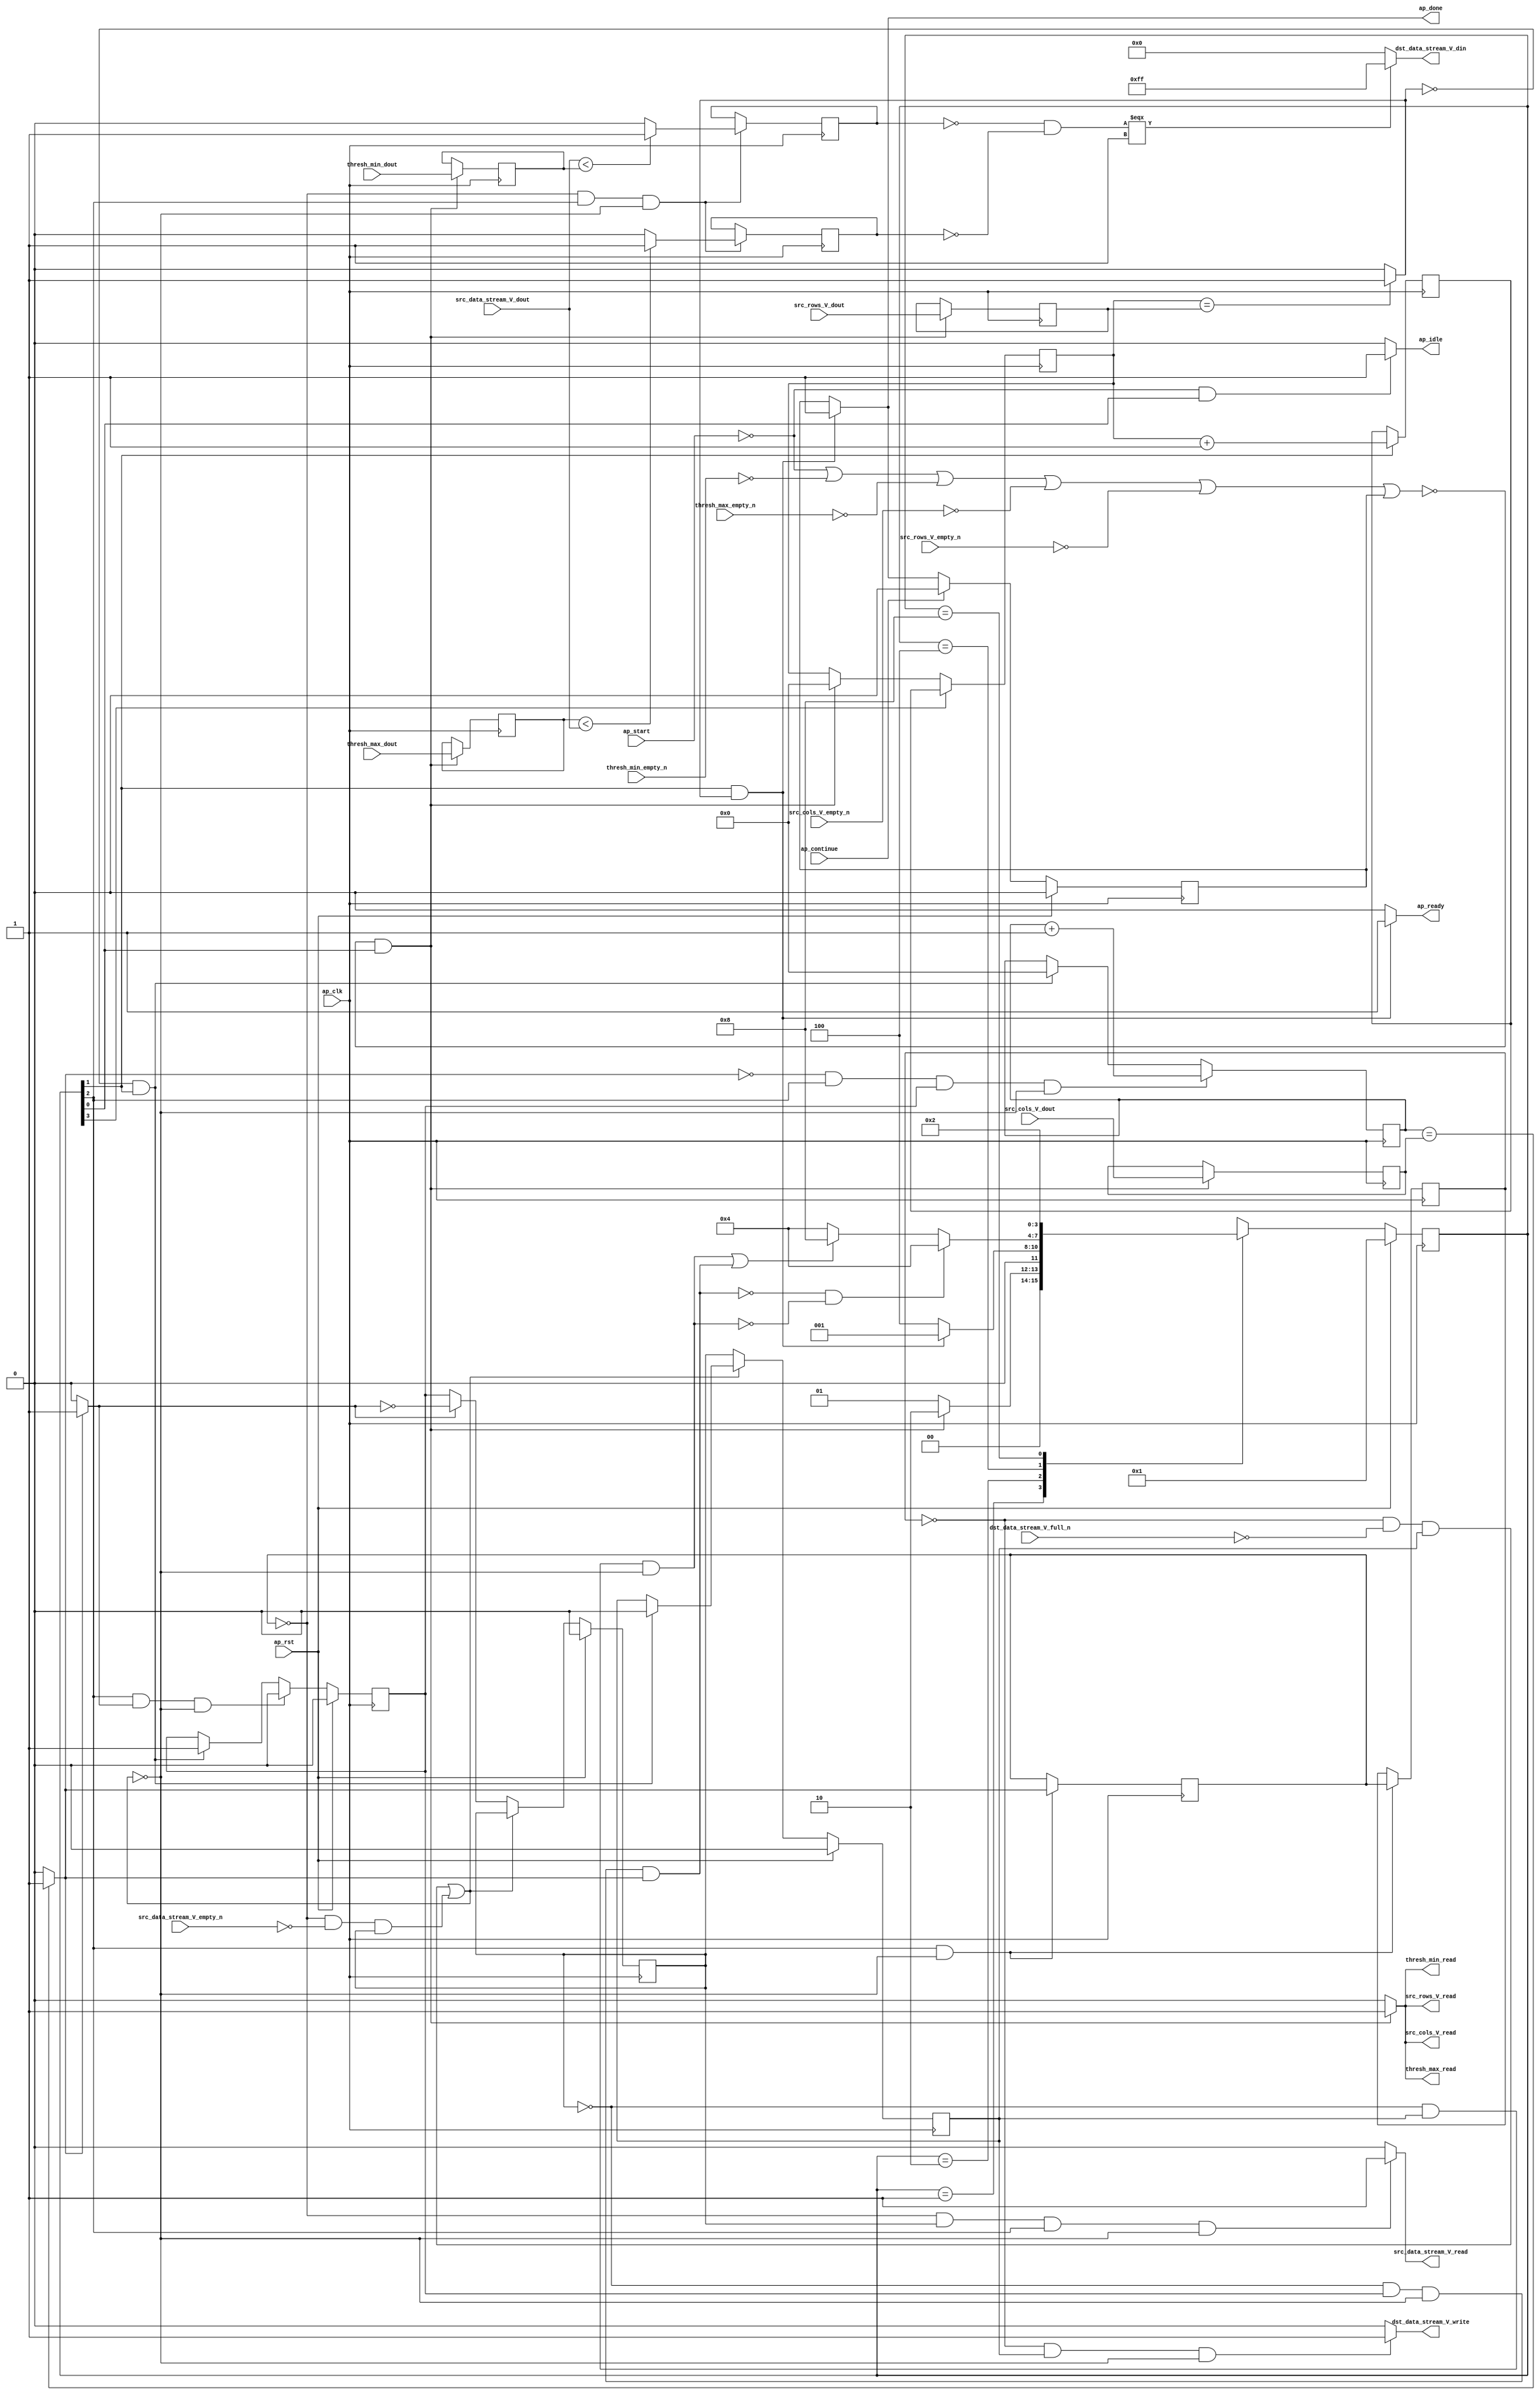
// ==============================================================
// RTL generated by Vivado(TM) HLS - High-Level Synthesis from C, C++ and SystemC
// Version: 2018.2
// Copyright (C) 1986-2018 Xilinx, Inc. All Rights Reserved.
// 
// ===========================================================

`timescale 1 ns / 1 ps 

module Threshold_l227 (
        ap_clk,
        ap_rst,
        ap_start,
        ap_done,
        ap_continue,
        ap_idle,
        ap_ready,
        src_rows_V_dout,
        src_rows_V_empty_n,
        src_rows_V_read,
        src_cols_V_dout,
        src_cols_V_empty_n,
        src_cols_V_read,
        src_data_stream_V_dout,
        src_data_stream_V_empty_n,
        src_data_stream_V_read,
        dst_data_stream_V_din,
        dst_data_stream_V_full_n,
        dst_data_stream_V_write,
        thresh_max_dout,
        thresh_max_empty_n,
        thresh_max_read,
        thresh_min_dout,
        thresh_min_empty_n,
        thresh_min_read
);

parameter    ap_ST_fsm_state1 = 4'd1;
parameter    ap_ST_fsm_state2 = 4'd2;
parameter    ap_ST_fsm_pp0_stage0 = 4'd4;
parameter    ap_ST_fsm_state6 = 4'd8;

input   ap_clk;
input   ap_rst;
input   ap_start;
output   ap_done;
input   ap_continue;
output   ap_idle;
output   ap_ready;
input  [15:0] src_rows_V_dout;
input   src_rows_V_empty_n;
output   src_rows_V_read;
input  [15:0] src_cols_V_dout;
input   src_cols_V_empty_n;
output   src_cols_V_read;
input  [7:0] src_data_stream_V_dout;
input   src_data_stream_V_empty_n;
output   src_data_stream_V_read;
output  [7:0] dst_data_stream_V_din;
input   dst_data_stream_V_full_n;
output   dst_data_stream_V_write;
input  [7:0] thresh_max_dout;
input   thresh_max_empty_n;
output   thresh_max_read;
input  [7:0] thresh_min_dout;
input   thresh_min_empty_n;
output   thresh_min_read;

reg ap_done;
reg ap_idle;
reg ap_ready;
reg src_rows_V_read;
reg src_cols_V_read;
reg src_data_stream_V_read;
reg dst_data_stream_V_write;
reg thresh_max_read;
reg thresh_min_read;

reg    ap_done_reg;
(* fsm_encoding = "none" *) reg   [3:0] ap_CS_fsm;
wire    ap_CS_fsm_state1;
reg    src_rows_V_blk_n;
reg    src_cols_V_blk_n;
reg    src_data_stream_V_blk_n;
wire    ap_CS_fsm_pp0_stage0;
reg    ap_enable_reg_pp0_iter1;
wire    ap_block_pp0_stage0;
reg   [0:0] exitcond_i_reg_287;
reg    dst_data_stream_V_blk_n;
reg    ap_enable_reg_pp0_iter2;
reg   [0:0] exitcond_i_reg_287_pp0_iter1_reg;
reg    thresh_max_blk_n;
reg    thresh_min_blk_n;
reg   [15:0] t_V_2_reg_190;
reg   [7:0] p_thresh_max_reg_258;
reg    ap_block_state1;
reg   [7:0] p_thresh_min_reg_263;
reg   [15:0] src_rows_V_read_reg_268;
reg   [15:0] src_cols_V_read_reg_273;
wire   [0:0] exitcond4_i_fu_201_p2;
wire    ap_CS_fsm_state2;
wire   [15:0] i_V_fu_206_p2;
reg   [15:0] i_V_reg_282;
wire   [0:0] exitcond_i_fu_212_p2;
wire    ap_block_state3_pp0_stage0_iter0;
reg    ap_block_state4_pp0_stage0_iter1;
reg    ap_block_state5_pp0_stage0_iter2;
reg    ap_block_pp0_stage0_11001;
wire   [15:0] j_V_fu_217_p2;
reg    ap_enable_reg_pp0_iter0;
wire   [0:0] ult_fu_223_p2;
reg   [0:0] ult_reg_296;
wire   [0:0] ult4_fu_228_p2;
reg   [0:0] ult4_reg_301;
reg    ap_block_pp0_stage0_subdone;
reg    ap_condition_pp0_exit_iter0_state3;
reg   [15:0] t_V_reg_179;
wire    ap_CS_fsm_state6;
reg    ap_block_pp0_stage0_01001;
wire   [0:0] rev3_fu_233_p2;
wire   [0:0] rev5_fu_238_p2;
wire   [0:0] tmp_30_fu_243_p2;
reg   [3:0] ap_NS_fsm;
reg    ap_idle_pp0;
wire    ap_enable_pp0;

// power-on initialization
initial begin
#0 ap_done_reg = 1'b0;
#0 ap_CS_fsm = 4'd1;
#0 ap_enable_reg_pp0_iter1 = 1'b0;
#0 ap_enable_reg_pp0_iter2 = 1'b0;
#0 ap_enable_reg_pp0_iter0 = 1'b0;
end

always @ (posedge ap_clk) begin
    if (ap_rst == 1'b1) begin
        ap_CS_fsm <= ap_ST_fsm_state1;
    end else begin
        ap_CS_fsm <= ap_NS_fsm;
    end
end

always @ (posedge ap_clk) begin
    if (ap_rst == 1'b1) begin
        ap_done_reg <= 1'b0;
    end else begin
        if ((ap_continue == 1'b1)) begin
            ap_done_reg <= 1'b0;
        end else if (((1'b1 == ap_CS_fsm_state2) & (exitcond4_i_fu_201_p2 == 1'd1))) begin
            ap_done_reg <= 1'b1;
        end
    end
end

always @ (posedge ap_clk) begin
    if (ap_rst == 1'b1) begin
        ap_enable_reg_pp0_iter0 <= 1'b0;
    end else begin
        if (((1'b1 == ap_CS_fsm_pp0_stage0) & (1'b1 == ap_condition_pp0_exit_iter0_state3) & (1'b0 == ap_block_pp0_stage0_subdone))) begin
            ap_enable_reg_pp0_iter0 <= 1'b0;
        end else if (((exitcond4_i_fu_201_p2 == 1'd0) & (1'b1 == ap_CS_fsm_state2))) begin
            ap_enable_reg_pp0_iter0 <= 1'b1;
        end
    end
end

always @ (posedge ap_clk) begin
    if (ap_rst == 1'b1) begin
        ap_enable_reg_pp0_iter1 <= 1'b0;
    end else begin
        if ((1'b0 == ap_block_pp0_stage0_subdone)) begin
            if ((1'b1 == ap_condition_pp0_exit_iter0_state3)) begin
                ap_enable_reg_pp0_iter1 <= (1'b1 ^ ap_condition_pp0_exit_iter0_state3);
            end else if ((1'b1 == 1'b1)) begin
                ap_enable_reg_pp0_iter1 <= ap_enable_reg_pp0_iter0;
            end
        end
    end
end

always @ (posedge ap_clk) begin
    if (ap_rst == 1'b1) begin
        ap_enable_reg_pp0_iter2 <= 1'b0;
    end else begin
        if ((1'b0 == ap_block_pp0_stage0_subdone)) begin
            ap_enable_reg_pp0_iter2 <= ap_enable_reg_pp0_iter1;
        end else if (((exitcond4_i_fu_201_p2 == 1'd0) & (1'b1 == ap_CS_fsm_state2))) begin
            ap_enable_reg_pp0_iter2 <= 1'b0;
        end
    end
end

always @ (posedge ap_clk) begin
    if (((exitcond_i_fu_212_p2 == 1'd0) & (1'b1 == ap_CS_fsm_pp0_stage0) & (ap_enable_reg_pp0_iter0 == 1'b1) & (1'b0 == ap_block_pp0_stage0_11001))) begin
        t_V_2_reg_190 <= j_V_fu_217_p2;
    end else if (((exitcond4_i_fu_201_p2 == 1'd0) & (1'b1 == ap_CS_fsm_state2))) begin
        t_V_2_reg_190 <= 16'd0;
    end
end

always @ (posedge ap_clk) begin
    if ((1'b1 == ap_CS_fsm_state6)) begin
        t_V_reg_179 <= i_V_reg_282;
    end else if ((~((ap_start == 1'b0) | (thresh_min_empty_n == 1'b0) | (thresh_max_empty_n == 1'b0) | (src_cols_V_empty_n == 1'b0) | (src_rows_V_empty_n == 1'b0) | (ap_done_reg == 1'b1)) & (1'b1 == ap_CS_fsm_state1))) begin
        t_V_reg_179 <= 16'd0;
    end
end

always @ (posedge ap_clk) begin
    if (((1'b1 == ap_CS_fsm_pp0_stage0) & (1'b0 == ap_block_pp0_stage0_11001))) begin
        exitcond_i_reg_287 <= exitcond_i_fu_212_p2;
        exitcond_i_reg_287_pp0_iter1_reg <= exitcond_i_reg_287;
    end
end

always @ (posedge ap_clk) begin
    if ((1'b1 == ap_CS_fsm_state2)) begin
        i_V_reg_282 <= i_V_fu_206_p2;
    end
end

always @ (posedge ap_clk) begin
    if ((~((ap_start == 1'b0) | (thresh_min_empty_n == 1'b0) | (thresh_max_empty_n == 1'b0) | (src_cols_V_empty_n == 1'b0) | (src_rows_V_empty_n == 1'b0) | (ap_done_reg == 1'b1)) & (1'b1 == ap_CS_fsm_state1))) begin
        p_thresh_max_reg_258 <= thresh_max_dout;
        p_thresh_min_reg_263 <= thresh_min_dout;
        src_cols_V_read_reg_273 <= src_cols_V_dout;
        src_rows_V_read_reg_268 <= src_rows_V_dout;
    end
end

always @ (posedge ap_clk) begin
    if (((exitcond_i_reg_287 == 1'd0) & (1'b1 == ap_CS_fsm_pp0_stage0) & (1'b0 == ap_block_pp0_stage0_11001))) begin
        ult4_reg_301 <= ult4_fu_228_p2;
        ult_reg_296 <= ult_fu_223_p2;
    end
end

always @ (*) begin
    if ((exitcond_i_fu_212_p2 == 1'd1)) begin
        ap_condition_pp0_exit_iter0_state3 = 1'b1;
    end else begin
        ap_condition_pp0_exit_iter0_state3 = 1'b0;
    end
end

always @ (*) begin
    if (((1'b1 == ap_CS_fsm_state2) & (exitcond4_i_fu_201_p2 == 1'd1))) begin
        ap_done = 1'b1;
    end else begin
        ap_done = ap_done_reg;
    end
end

always @ (*) begin
    if (((ap_start == 1'b0) & (1'b1 == ap_CS_fsm_state1))) begin
        ap_idle = 1'b1;
    end else begin
        ap_idle = 1'b0;
    end
end

always @ (*) begin
    if (((ap_enable_reg_pp0_iter2 == 1'b0) & (ap_enable_reg_pp0_iter1 == 1'b0) & (ap_enable_reg_pp0_iter0 == 1'b0))) begin
        ap_idle_pp0 = 1'b1;
    end else begin
        ap_idle_pp0 = 1'b0;
    end
end

always @ (*) begin
    if (((1'b1 == ap_CS_fsm_state2) & (exitcond4_i_fu_201_p2 == 1'd1))) begin
        ap_ready = 1'b1;
    end else begin
        ap_ready = 1'b0;
    end
end

always @ (*) begin
    if (((exitcond_i_reg_287_pp0_iter1_reg == 1'd0) & (1'b0 == ap_block_pp0_stage0) & (ap_enable_reg_pp0_iter2 == 1'b1))) begin
        dst_data_stream_V_blk_n = dst_data_stream_V_full_n;
    end else begin
        dst_data_stream_V_blk_n = 1'b1;
    end
end

always @ (*) begin
    if (((exitcond_i_reg_287_pp0_iter1_reg == 1'd0) & (ap_enable_reg_pp0_iter2 == 1'b1) & (1'b0 == ap_block_pp0_stage0_11001))) begin
        dst_data_stream_V_write = 1'b1;
    end else begin
        dst_data_stream_V_write = 1'b0;
    end
end

always @ (*) begin
    if ((~((ap_start == 1'b0) | (ap_done_reg == 1'b1)) & (1'b1 == ap_CS_fsm_state1))) begin
        src_cols_V_blk_n = src_cols_V_empty_n;
    end else begin
        src_cols_V_blk_n = 1'b1;
    end
end

always @ (*) begin
    if ((~((ap_start == 1'b0) | (thresh_min_empty_n == 1'b0) | (thresh_max_empty_n == 1'b0) | (src_cols_V_empty_n == 1'b0) | (src_rows_V_empty_n == 1'b0) | (ap_done_reg == 1'b1)) & (1'b1 == ap_CS_fsm_state1))) begin
        src_cols_V_read = 1'b1;
    end else begin
        src_cols_V_read = 1'b0;
    end
end

always @ (*) begin
    if (((exitcond_i_reg_287 == 1'd0) & (1'b0 == ap_block_pp0_stage0) & (ap_enable_reg_pp0_iter1 == 1'b1) & (1'b1 == ap_CS_fsm_pp0_stage0))) begin
        src_data_stream_V_blk_n = src_data_stream_V_empty_n;
    end else begin
        src_data_stream_V_blk_n = 1'b1;
    end
end

always @ (*) begin
    if (((exitcond_i_reg_287 == 1'd0) & (ap_enable_reg_pp0_iter1 == 1'b1) & (1'b1 == ap_CS_fsm_pp0_stage0) & (1'b0 == ap_block_pp0_stage0_11001))) begin
        src_data_stream_V_read = 1'b1;
    end else begin
        src_data_stream_V_read = 1'b0;
    end
end

always @ (*) begin
    if ((~((ap_start == 1'b0) | (ap_done_reg == 1'b1)) & (1'b1 == ap_CS_fsm_state1))) begin
        src_rows_V_blk_n = src_rows_V_empty_n;
    end else begin
        src_rows_V_blk_n = 1'b1;
    end
end

always @ (*) begin
    if ((~((ap_start == 1'b0) | (thresh_min_empty_n == 1'b0) | (thresh_max_empty_n == 1'b0) | (src_cols_V_empty_n == 1'b0) | (src_rows_V_empty_n == 1'b0) | (ap_done_reg == 1'b1)) & (1'b1 == ap_CS_fsm_state1))) begin
        src_rows_V_read = 1'b1;
    end else begin
        src_rows_V_read = 1'b0;
    end
end

always @ (*) begin
    if ((~((ap_start == 1'b0) | (ap_done_reg == 1'b1)) & (1'b1 == ap_CS_fsm_state1))) begin
        thresh_max_blk_n = thresh_max_empty_n;
    end else begin
        thresh_max_blk_n = 1'b1;
    end
end

always @ (*) begin
    if ((~((ap_start == 1'b0) | (thresh_min_empty_n == 1'b0) | (thresh_max_empty_n == 1'b0) | (src_cols_V_empty_n == 1'b0) | (src_rows_V_empty_n == 1'b0) | (ap_done_reg == 1'b1)) & (1'b1 == ap_CS_fsm_state1))) begin
        thresh_max_read = 1'b1;
    end else begin
        thresh_max_read = 1'b0;
    end
end

always @ (*) begin
    if ((~((ap_start == 1'b0) | (ap_done_reg == 1'b1)) & (1'b1 == ap_CS_fsm_state1))) begin
        thresh_min_blk_n = thresh_min_empty_n;
    end else begin
        thresh_min_blk_n = 1'b1;
    end
end

always @ (*) begin
    if ((~((ap_start == 1'b0) | (thresh_min_empty_n == 1'b0) | (thresh_max_empty_n == 1'b0) | (src_cols_V_empty_n == 1'b0) | (src_rows_V_empty_n == 1'b0) | (ap_done_reg == 1'b1)) & (1'b1 == ap_CS_fsm_state1))) begin
        thresh_min_read = 1'b1;
    end else begin
        thresh_min_read = 1'b0;
    end
end

always @ (*) begin
    case (ap_CS_fsm)
        ap_ST_fsm_state1 : begin
            if ((~((ap_start == 1'b0) | (thresh_min_empty_n == 1'b0) | (thresh_max_empty_n == 1'b0) | (src_cols_V_empty_n == 1'b0) | (src_rows_V_empty_n == 1'b0) | (ap_done_reg == 1'b1)) & (1'b1 == ap_CS_fsm_state1))) begin
                ap_NS_fsm = ap_ST_fsm_state2;
            end else begin
                ap_NS_fsm = ap_ST_fsm_state1;
            end
        end
        ap_ST_fsm_state2 : begin
            if (((1'b1 == ap_CS_fsm_state2) & (exitcond4_i_fu_201_p2 == 1'd1))) begin
                ap_NS_fsm = ap_ST_fsm_state1;
            end else begin
                ap_NS_fsm = ap_ST_fsm_pp0_stage0;
            end
        end
        ap_ST_fsm_pp0_stage0 : begin
            if ((~((ap_enable_reg_pp0_iter1 == 1'b0) & (ap_enable_reg_pp0_iter0 == 1'b1) & (1'b0 == ap_block_pp0_stage0_subdone) & (exitcond_i_fu_212_p2 == 1'd1)) & ~((ap_enable_reg_pp0_iter1 == 1'b0) & (ap_enable_reg_pp0_iter2 == 1'b1) & (1'b0 == ap_block_pp0_stage0_subdone)))) begin
                ap_NS_fsm = ap_ST_fsm_pp0_stage0;
            end else if ((((ap_enable_reg_pp0_iter1 == 1'b0) & (ap_enable_reg_pp0_iter2 == 1'b1) & (1'b0 == ap_block_pp0_stage0_subdone)) | ((ap_enable_reg_pp0_iter1 == 1'b0) & (ap_enable_reg_pp0_iter0 == 1'b1) & (1'b0 == ap_block_pp0_stage0_subdone) & (exitcond_i_fu_212_p2 == 1'd1)))) begin
                ap_NS_fsm = ap_ST_fsm_state6;
            end else begin
                ap_NS_fsm = ap_ST_fsm_pp0_stage0;
            end
        end
        ap_ST_fsm_state6 : begin
            ap_NS_fsm = ap_ST_fsm_state2;
        end
        default : begin
            ap_NS_fsm = 'bx;
        end
    endcase
end

assign ap_CS_fsm_pp0_stage0 = ap_CS_fsm[32'd2];

assign ap_CS_fsm_state1 = ap_CS_fsm[32'd0];

assign ap_CS_fsm_state2 = ap_CS_fsm[32'd1];

assign ap_CS_fsm_state6 = ap_CS_fsm[32'd3];

assign ap_block_pp0_stage0 = ~(1'b1 == 1'b1);

always @ (*) begin
    ap_block_pp0_stage0_01001 = (((exitcond_i_reg_287_pp0_iter1_reg == 1'd0) & (dst_data_stream_V_full_n == 1'b0) & (ap_enable_reg_pp0_iter2 == 1'b1)) | ((exitcond_i_reg_287 == 1'd0) & (src_data_stream_V_empty_n == 1'b0) & (ap_enable_reg_pp0_iter1 == 1'b1)));
end

always @ (*) begin
    ap_block_pp0_stage0_11001 = (((exitcond_i_reg_287_pp0_iter1_reg == 1'd0) & (dst_data_stream_V_full_n == 1'b0) & (ap_enable_reg_pp0_iter2 == 1'b1)) | ((exitcond_i_reg_287 == 1'd0) & (src_data_stream_V_empty_n == 1'b0) & (ap_enable_reg_pp0_iter1 == 1'b1)));
end

always @ (*) begin
    ap_block_pp0_stage0_subdone = (((exitcond_i_reg_287_pp0_iter1_reg == 1'd0) & (dst_data_stream_V_full_n == 1'b0) & (ap_enable_reg_pp0_iter2 == 1'b1)) | ((exitcond_i_reg_287 == 1'd0) & (src_data_stream_V_empty_n == 1'b0) & (ap_enable_reg_pp0_iter1 == 1'b1)));
end

always @ (*) begin
    ap_block_state1 = ((ap_start == 1'b0) | (thresh_min_empty_n == 1'b0) | (thresh_max_empty_n == 1'b0) | (src_cols_V_empty_n == 1'b0) | (src_rows_V_empty_n == 1'b0) | (ap_done_reg == 1'b1));
end

assign ap_block_state3_pp0_stage0_iter0 = ~(1'b1 == 1'b1);

always @ (*) begin
    ap_block_state4_pp0_stage0_iter1 = ((exitcond_i_reg_287 == 1'd0) & (src_data_stream_V_empty_n == 1'b0));
end

always @ (*) begin
    ap_block_state5_pp0_stage0_iter2 = ((exitcond_i_reg_287_pp0_iter1_reg == 1'd0) & (dst_data_stream_V_full_n == 1'b0));
end

assign ap_enable_pp0 = (ap_idle_pp0 ^ 1'b1);

assign dst_data_stream_V_din = ((tmp_30_fu_243_p2[0:0] === 1'b1) ? 8'd255 : 8'd0);

assign exitcond4_i_fu_201_p2 = ((t_V_reg_179 == src_rows_V_read_reg_268) ? 1'b1 : 1'b0);

assign exitcond_i_fu_212_p2 = ((t_V_2_reg_190 == src_cols_V_read_reg_273) ? 1'b1 : 1'b0);

assign i_V_fu_206_p2 = (t_V_reg_179 + 16'd1);

assign j_V_fu_217_p2 = (t_V_2_reg_190 + 16'd1);

assign rev3_fu_233_p2 = (ult_reg_296 ^ 1'd1);

assign rev5_fu_238_p2 = (ult4_reg_301 ^ 1'd1);

assign tmp_30_fu_243_p2 = (rev5_fu_238_p2 & rev3_fu_233_p2);

assign ult4_fu_228_p2 = ((src_data_stream_V_dout < p_thresh_min_reg_263) ? 1'b1 : 1'b0);

assign ult_fu_223_p2 = ((p_thresh_max_reg_258 < src_data_stream_V_dout) ? 1'b1 : 1'b0);

endmodule //Threshold_l227